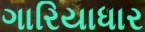
ગારિયાધાર